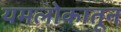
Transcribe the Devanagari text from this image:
यमलोकातून